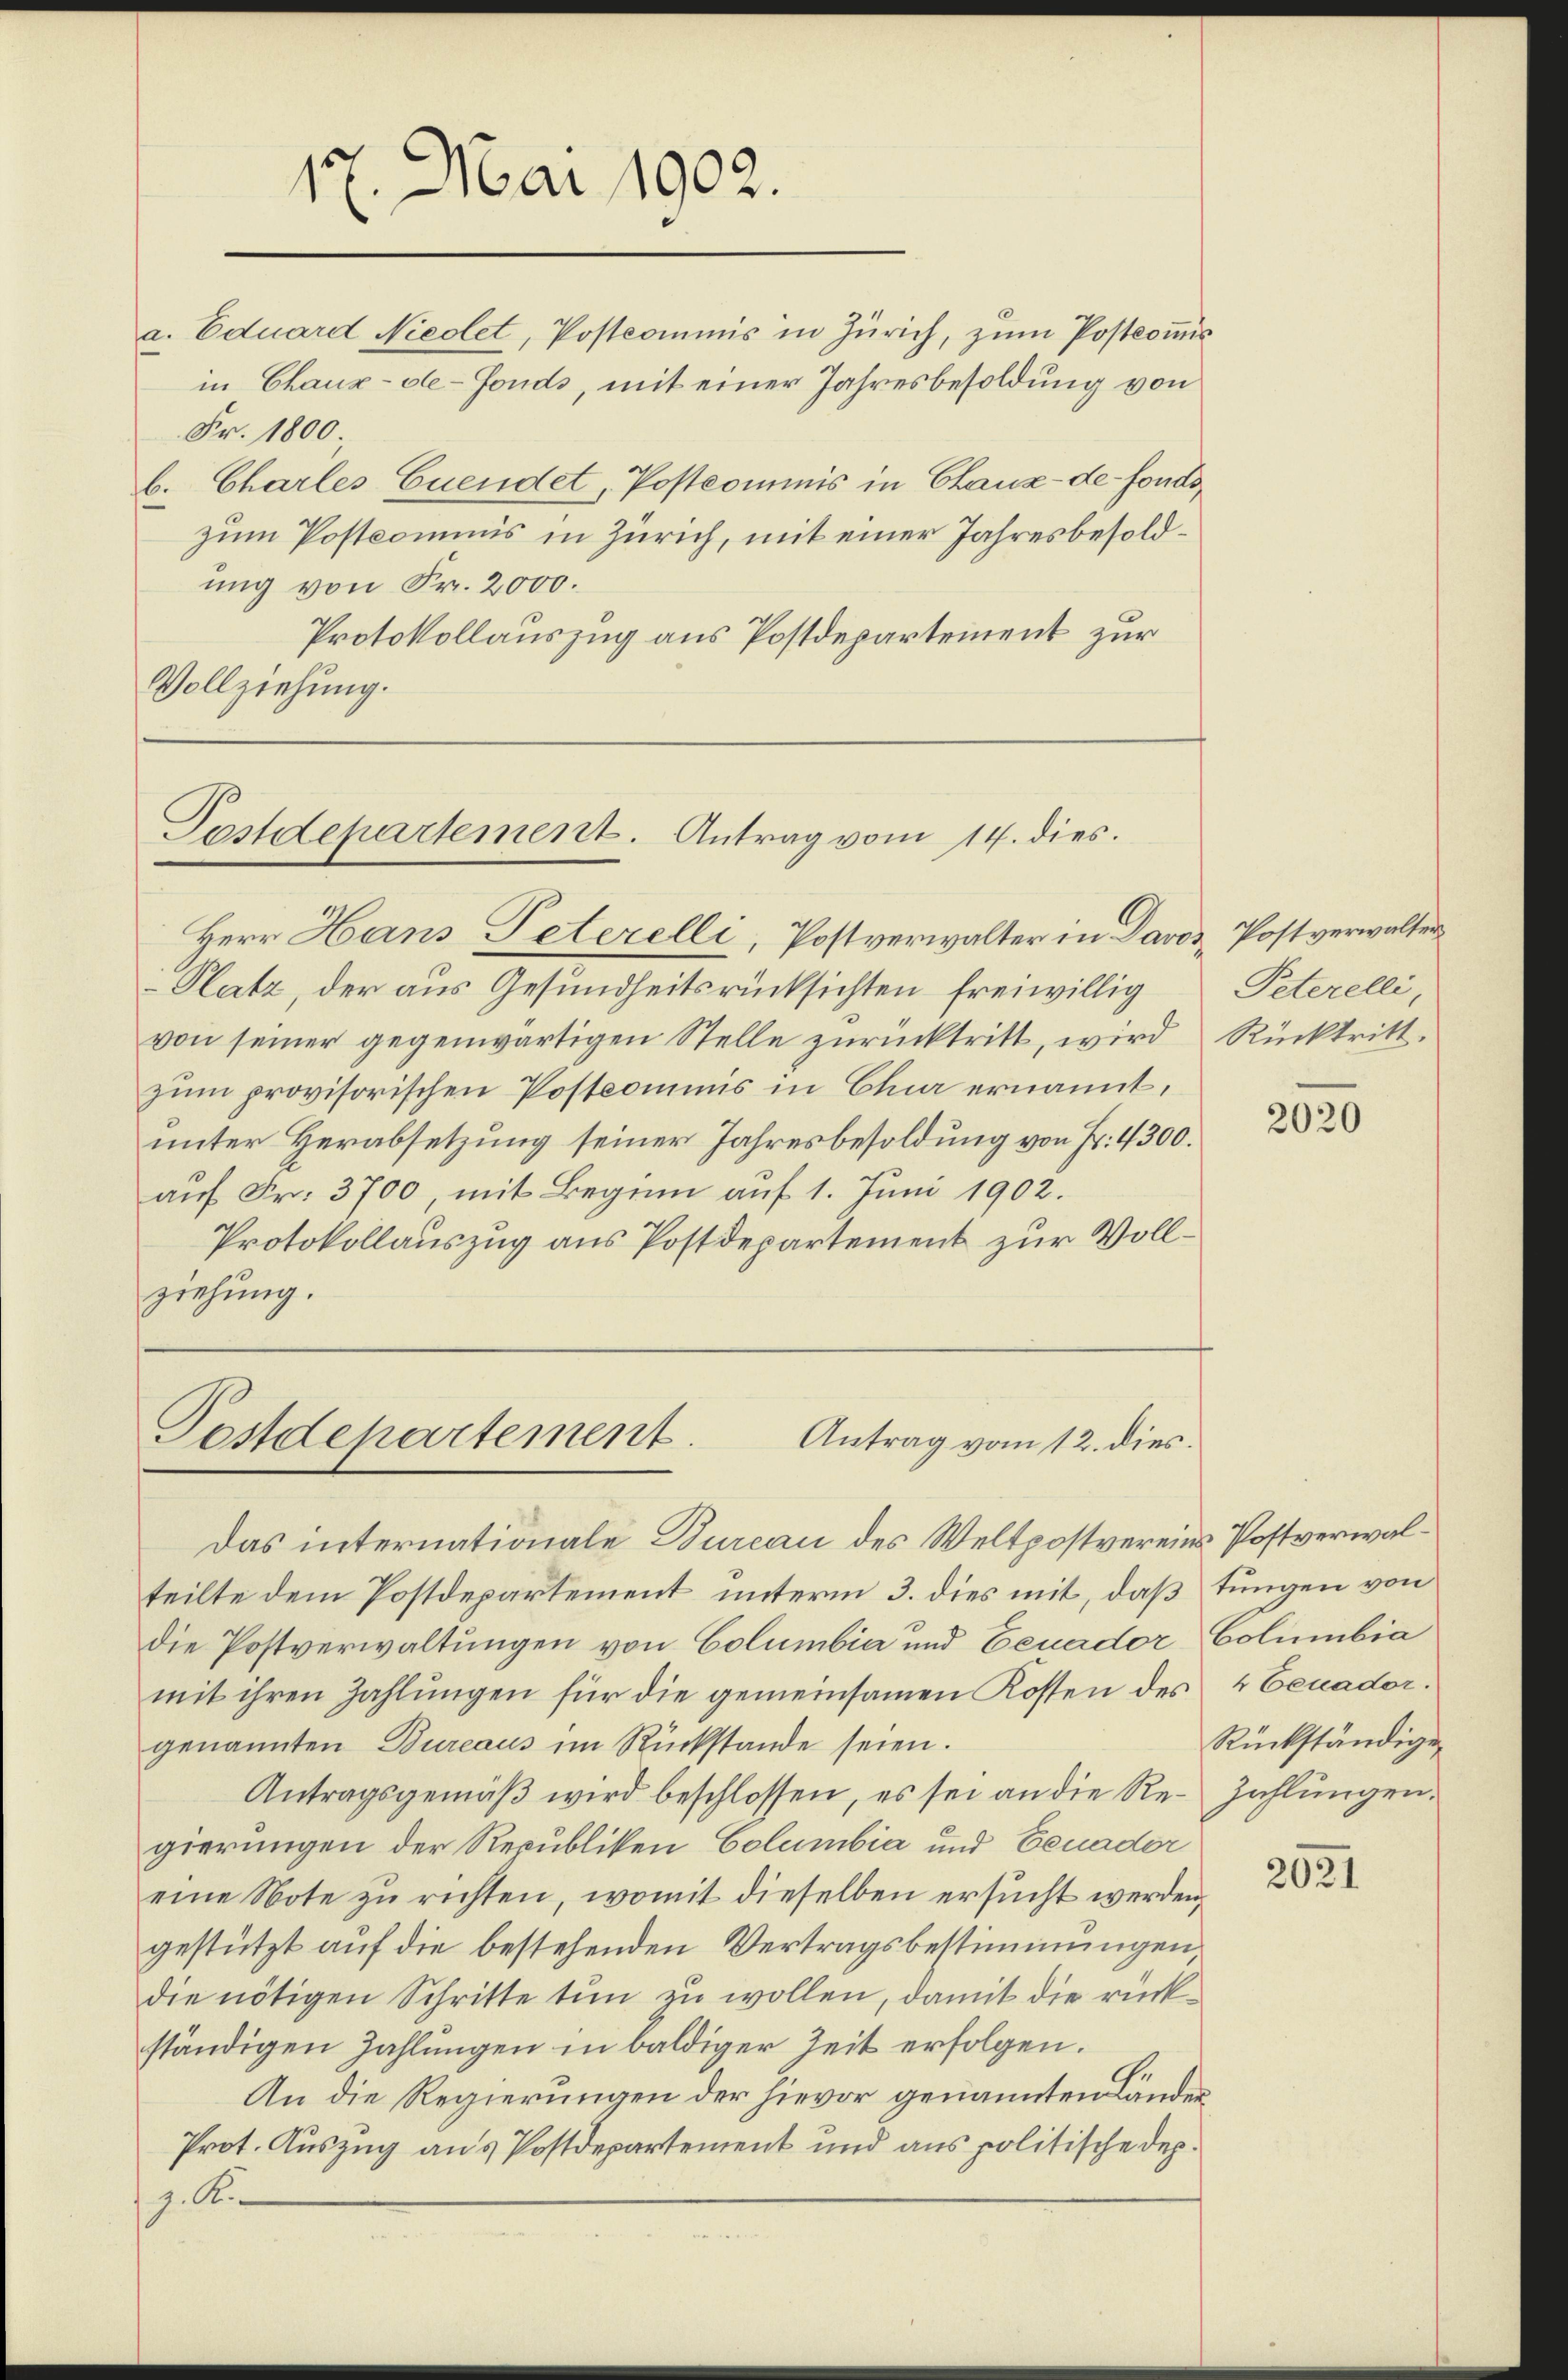
a. Eduard Niedlet, Postcommis in Zürich, zŭm Postcoṁis
in Chaux-de-Fonds, mit einer Jahresbesoldung von
Fr. 1800
b. Charles Euendet, Postcommis in Chaux-de-Fondszum Postcommis in Zürich, mit einer Jahresbesoldung von Fr. 2000.
Protokollauszug aus Postdepartement zur
Vollziehung.

17. Mai 1902.

Postdepartement. Antrag vom 14. dies.
Herr Hans Peterelli, Postverwalter in Davos Postverwalter

-Platz, der aus Gesundheitsrücksichten freiwillig
von seiner gegenwärtigen Stelle zurücktritt, wird
zum provisorischen Postcommis in Chur ernannt,
unter Herabsetzung seiner Jahresbesoldung von Fr. 4300.
auf Fr. 3700, mit Beginn auf 1. Juni 1902.
Protokollauszug aus Postdepartement zur Vollziehung.

Festdepartement.
Antrag vom 12. dies

Das internationale Bureau des Weltpostvereins Postverwalteilte dem Postdepartement unterm 3. dies mit, daß tungen von
die Postverwaltungen von Columbia und Eeuador Columbia
mit ihren Zahlungen für die gemeinsamen Kosten des 4 Benador.
genannten Bureaus im Rückstande seien.
Antragsgemäβ wird beschlossen, es sei an die Re-Zahlungen.
gierungen der Republiken Columbia und Benader
eine Note zŭ richten, womit dieselben ersucht werden,
gestützt auf die bestehenden Vertragsbestimmungen,
die nötigen Schritte tun zu wollen, damit die rückständigen Zahlungen in baldiger Zeit erfolgen.
An die Regierungen der hievor genannten Länder
Prot. Auszug aus Postdepartement und aus politische Dep
z. B.

Peterelli,
Rücktritt.

2020

Rückständigen

2021